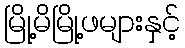
မြို့မိမြို့ဖများနှင့်